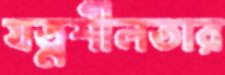
যত্নশীলতার